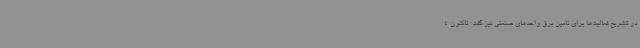
در تشریح فعالیت‌ها برای تامین برق واحدهای صنعتی نیز گفت: تاکنون 4